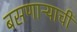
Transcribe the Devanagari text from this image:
बसणाऱ्याची